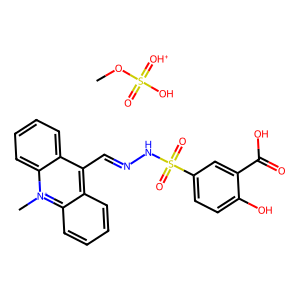
SMILES: COS(=O)(O)=[OH+].C[n+]1c2ccccc2c(C=NNS(=O)(=O)c2ccc(O)c(C(=O)O)c2)c2ccccc21
Inhibits HIV replication: No